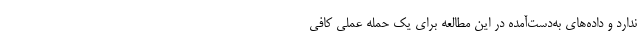
ندارد و داده‌های به‌دست‌آمده در این مطالعه برای یک حمله عملی کافی